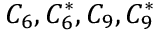
C _ { 6 } , C _ { 6 } ^ { * } , C _ { 9 } , C _ { 9 } ^ { * }